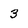
Character: 3